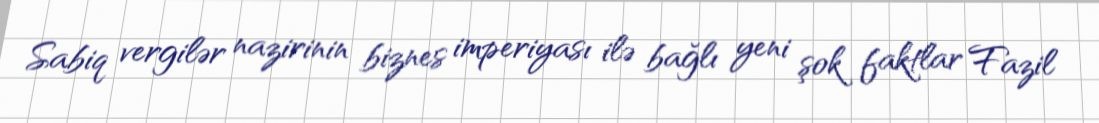
Sabiq vergilər nazirinin biznes imperiyası ilə bağlı yeni şok faktlar Fazil